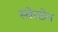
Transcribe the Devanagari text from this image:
स्वेच्छेन